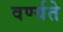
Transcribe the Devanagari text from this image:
वर्ण्यते